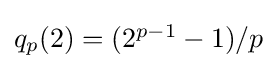
{\textstyle q_{p}(2)=(2^{p-1}-1)/p}